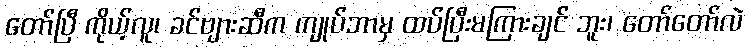
တော်ပြီ ကိုယ့်လူ၊ ခင်ဗျားဆီက ကျုပ်ဘာမှ ထပ်ပြီးမကြားချင် ဘူး၊ တော်တော်လဲ